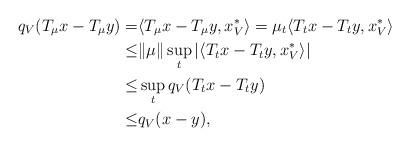
LaTeX: \begin{align*}q_{V}( T_{\mu}x - T_{\mu}y) =& \langle T_{\mu}x - T_{\mu}y , x^{*}_{V} \rangle= \mu_{t} \langle T_{t}x - T_{t}y , x^{*}_{V} \rangle \\ \leq &\| \mu\| \sup_{t}| \langle T_{t}x - T_{t}y , x^{*}_{V} \rangle | \\ \leq & \sup_{t}q_{V}( T_{t}x - T_{t}y) \\ \leq & q_{V}(x-y),\end{align*}